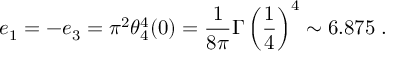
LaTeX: e _ { 1 } = - e _ { 3 } = \pi ^ { 2 } \theta _ { 4 } ^ { 4 } ( 0 ) = \frac { 1 } { 8 \pi } \Gamma \left( \frac { 1 } { 4 } \right) ^ { 4 } \sim 6 . 8 7 5 \; .